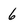
Character: 6